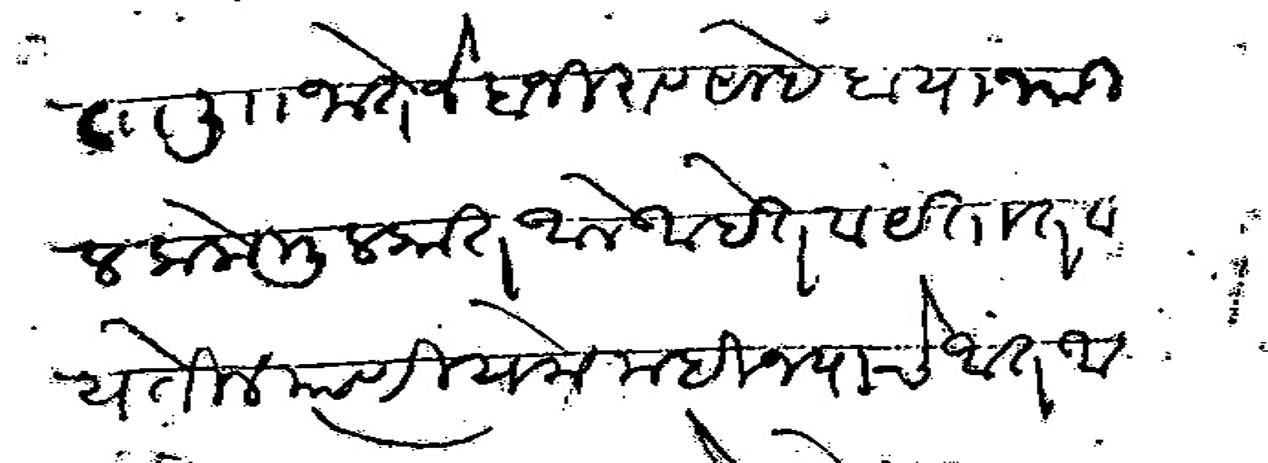
Transliteration (Devanagari): ता ली जाते जे बाजीरावसाहेब याजकडील लोक मुल्कात आले आहेत व येतात व येतील त्याणी येक महिन्याचे आत आपलाले